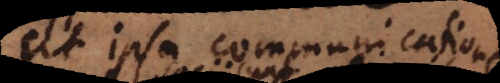
ut ipsa communicatione